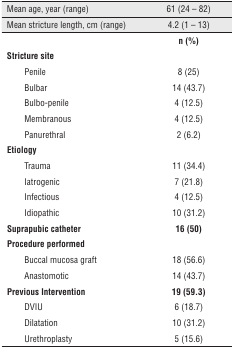
| Mean age, year (range) | 61 (24 – 82) |
 | --- | --- |
 | Mean stricture length, cm (range) | 4.2 (1 – 13) |
 |  | n (%) |
 | Stricture site |  |
 | Penile | 8 (25) |
 | Bulbar | 14 (43.7) |
 | Bulbo-penile | 4 (12.5) |
 | Membranous | 4 (12.5) |
 | Panurethral | 2 (6.2) |
 | Etiology |  |
 | Trauma | 11 (34.4) |
 | Iatrogenic | 7 (21.8) |
 | Infectious | 4 (12.5) |
 | Idiopathic | 10 (31.2) |
 | Suprapubic catheter | 16 (50) |
 | Procedure performed |  |
 | Buccal mucosa graft | 18 (56.6) |
 | Anastomotic | 14 (43.7) |
 | Previous Intervention | 19 (59.3) |
 | DVIU | 6 (18.7) |
 | Dilatation | 10 (31.2) |
 | Urethroplasty | 5 (15.6) |